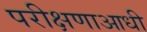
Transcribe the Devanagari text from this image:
परीक्षणाआधी